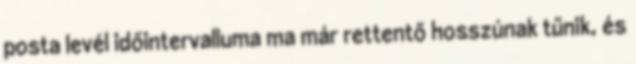
posta levél időintervalluma ma már rettentő hosszúnak tűnik, és